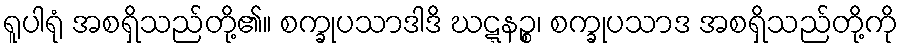
ရူပါရုံ အစရှိသည်တို့၏။ စက္ခုပသာဒါဒိ ဃဋ္ဋနဉ္စ၊ စက္ခုပသာဒ အစရှိသည်တို့ကို